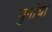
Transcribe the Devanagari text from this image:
युगांचा